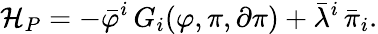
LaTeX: {\cal H}_{P}=-\bar{\varphi}^{i}\, G_{i}(\varphi,\pi,\partial\pi)+\bar{\lambda}^{i}\, \bar{\pi}_{i}.